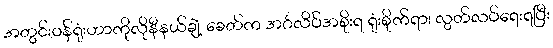
အတွင်းဝန်ရုံးဟာကိုလိုနီနယ်ချဲ့ ခေတ်က အင်္ဂလိပ်အစိုးရ ရုံးစိုက်ရာ၊ လွတ်လပ်ရေးရပြီး